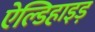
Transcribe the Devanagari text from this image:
ऐल्डिहाइड़